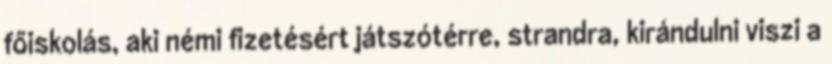
főiskolás, aki némi fizetésért játszótérre, strandra, kirándulni viszi a